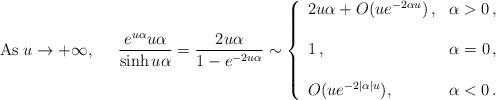
LaTeX: \begin{align*} \mbox{As}\; u \to +\infty,\;\;\;\;\; \frac{e^{u \alpha} u \alpha}{\sinh u \alpha} = \frac{ 2u \alpha}{1 - e^{-2u \alpha}} \sim \left \{ \begin{array}{ll} 2u \alpha + O (u e^{- 2 \alpha u})\,, & \alpha > 0\,, \\ & \\1\,, & \alpha = 0\,, \\ & \\O(u e^{- 2 |\alpha| u}), & \alpha < 0\,. \end{array} \right.\end{align*}